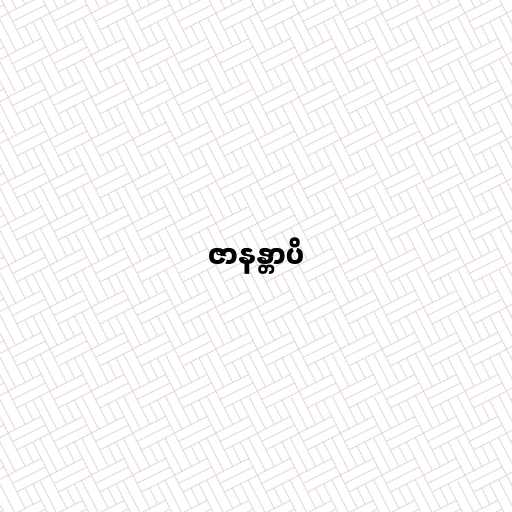
ဇာနန္တာပိ